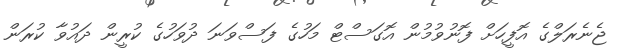
ޖެނެރަލްގެ އޮފީހަށް ފޮނުވުމުން އޮގަސްޓް މަހުގެ ފަސްވަނަ ދުވަހުގެ ކުރީން ދައުވާ ކުރަން